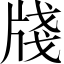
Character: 牋